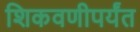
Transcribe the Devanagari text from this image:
शिकवणीपर्यंत